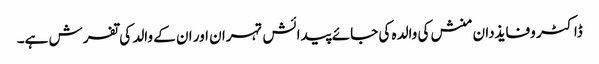
ڈاکٹر وفایذدان منش کی والدہ کی جائے پیدائش تہران اور ان کے والد کی تفرش ہے۔